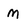
Character: M